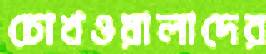
চোখওয়ালাদের